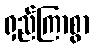
ရှည်ကြာစွာ